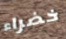
خضراء